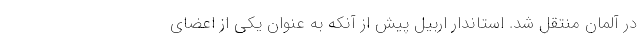
در آلمان منتقل شد. استاندار اربیل پیش از آنکه به عنوان یکی از اعضای